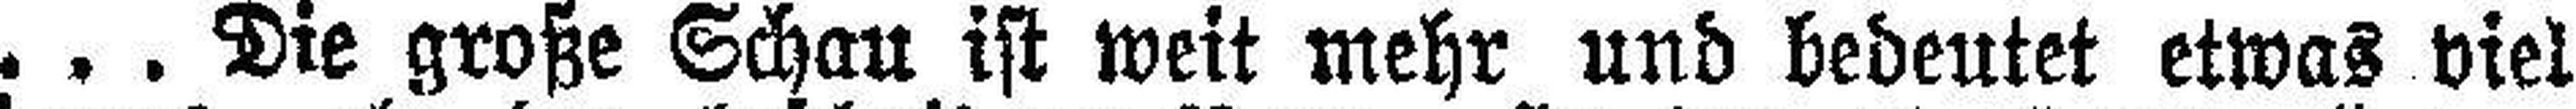
. . . Die große Schau ist weit mehr und bedeutet etwas viel